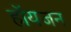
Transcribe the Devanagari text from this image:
हॉयजन